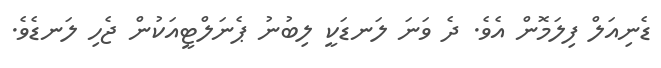
ޑެނިއަލް ފިލަމޮން އެވެ. ދެ ވަނަ ލަނޑަކީ ލިބުނު ޕެނަލްޓީއަކުން ޖެހި ލަނޑެވެ.